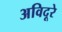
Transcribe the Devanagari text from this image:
अविदूरे